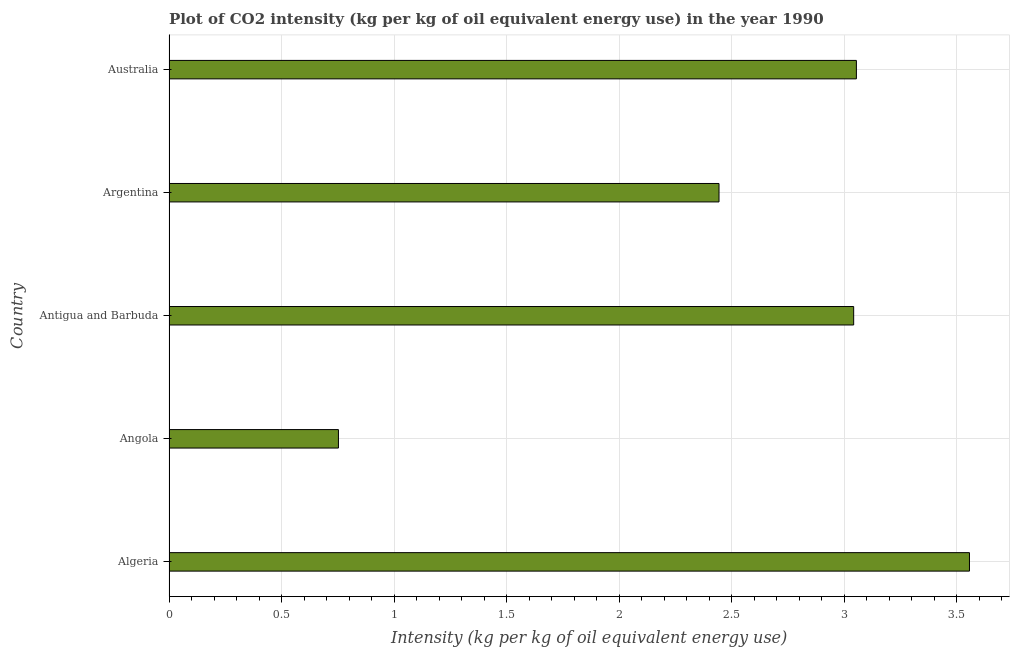
| Country | CO2 intensity |
 | --- | --- |
 | Algeria | 3.56 |
 | Angola | 0.753 |
 | Antigua and Barbuda | 3.04 |
 | Argentina | 2.44 |
 | Australia | 3.05 |